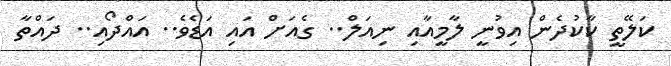
ކަލޭތީ ކާކުދެން އިވުނީ ލާމީއާއި ނިއަލް.. ގެއަށް އައި އަޑެވެ.. އައްދޯއި.. ދައްތާ